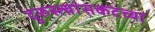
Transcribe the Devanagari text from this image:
दुरुस्त्यांसकटच्या